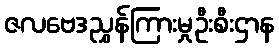
ဇလဗေဒညွှန်ကြားမှုဦးစီးဌာန